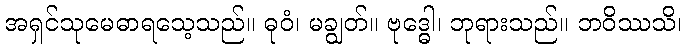
အရှင်သုမေဓာရသေ့သည်။ ဓုဝံ၊ မချွတ်။ ဗုဒ္ဓေါ၊ ဘုရားသည်။ ဘဝိဿသိ၊